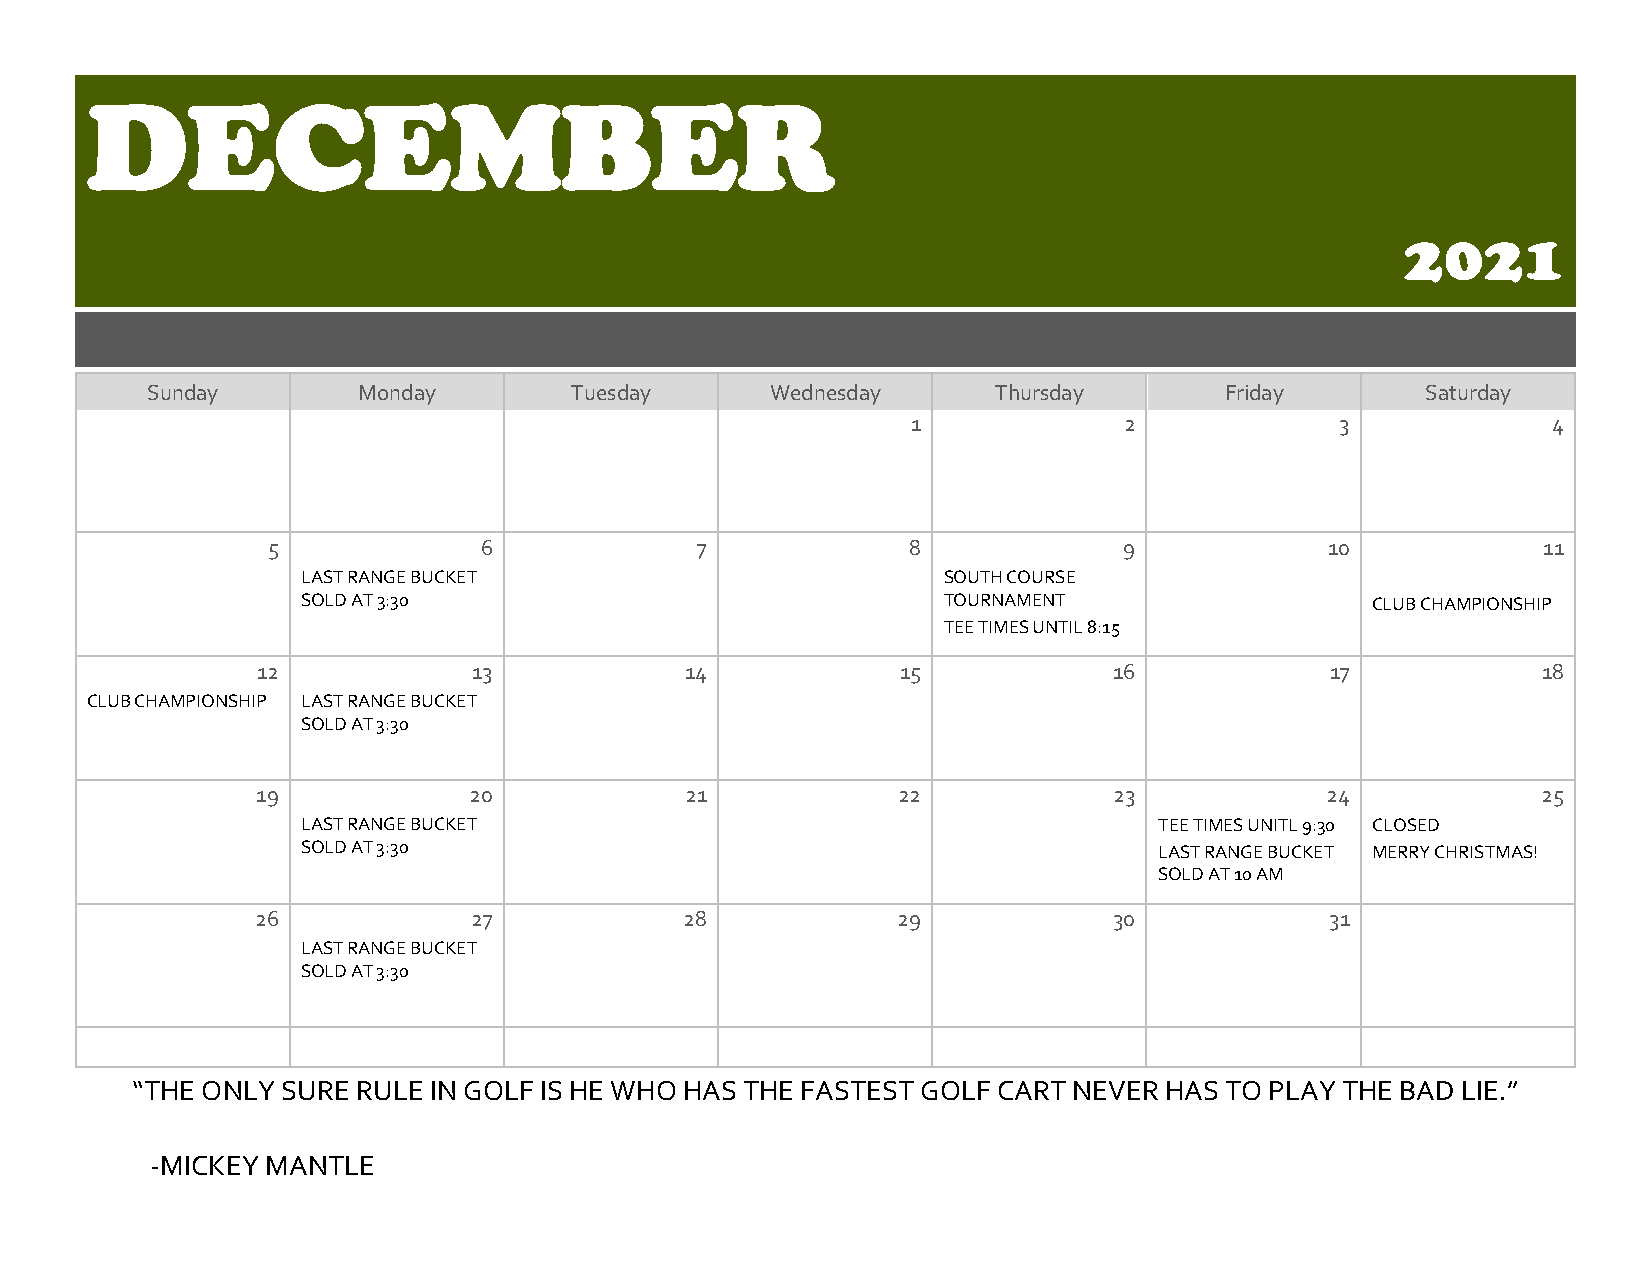
DECEMBER
 2021
 Sunday        Monday        Tuesday      Wednesday      Thursday       Friday       Saturday
 1             2              3             4
 5             6             7             8             9             10            11
 LAST RANGE BUCKET                         SOUTH COURSE
 SOLD AT 3:30                              TOURNAMENT                   CLUB CHAMPIONSHIP
 TEE TIMES UNTIL 8:15
 12            13            14             15            16            17            18
 CLUB CHAMPIONSHIP LAST RANGE BUCKET
 SOLD AT 3:30
 19            20            21            22             23            24            25
 LAST RANGE BUCKET                                        TEE TIMES UNITL 9:30 CLOSED
 SOLD AT 3:30                                             LAST RANGE BUCKET MERRY CHRISTMAS!
 SOLD AT 10 AM
 26            27            28            29             30            31
 LAST RANGE BUCKET
 SOLD AT 3:30
 “THE ONLY SURE RULE IN GOLF IS HE WHO HAS THE FASTEST GOLF CART NEVER HAS TO PLAY THE BAD LIE.”
 -MICKEY MANTLE